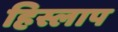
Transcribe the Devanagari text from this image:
हिस्लाप